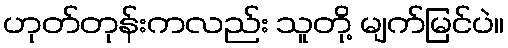
ဟုတ်တုန်းကလည်း သူတို့ မျက်မြင်ပဲ။